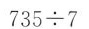
$$735÷7 $$